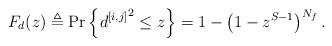
LaTeX: \begin{align*} F_d(z) \triangleq \textrm{Pr}\left\{{d^{[i,j]}}^2\le z\right\} =1-\left(1-z^{S-1}\right)^{N_f}.\end{align*}